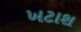
ખટાશ